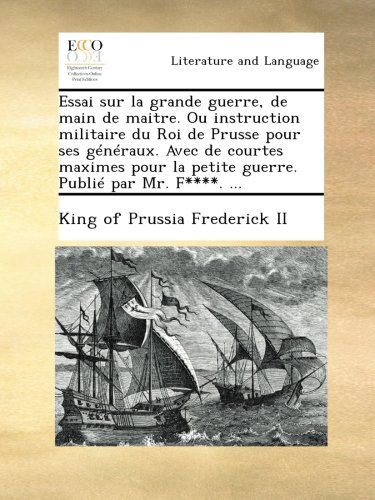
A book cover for Essai sur la grande guerre, de main de maitre. Ou instruction militaire du Roi de Prusse pour ses gÃ©nÃ©raux. Avec de courtes maximes pour la petite guerre. PubliÃ© par Mr. F****. ... (French Edition); King of Prussia Frederick II; Politics & Social Sciences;